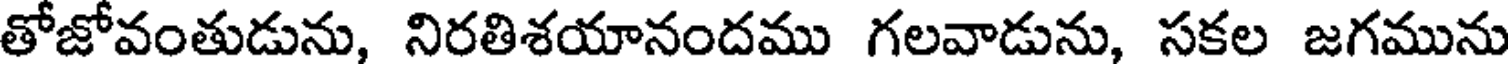
తోజోవంతుడును, నిరతిశయానందము గలవాడును, సకల జగమును